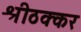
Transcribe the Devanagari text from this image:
श्रीठक्कर